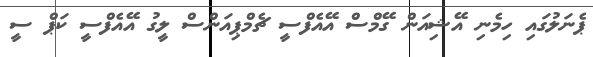
ޕެނަލުގައި ހިމެނި އޭޝިއަން ގޭމްސް އޭއެފްސީ ޗެމްޕިއަންސް ލީގު އޭއެފްސީ ކަޕް ސީ